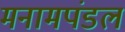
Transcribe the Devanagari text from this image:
मनामपंडल